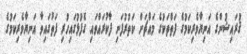
ޤުރައިޝުންގެ އަނިޔާވެރިކަމުގެ ފަތްތަކުގެ މައްޗަށް ކަތުރުފަނި ފާކުރައްވައި ގެފުޅުގައިހުރި ފަތުގައިވާ އަނިޔާވެރިކަމުގެ